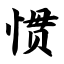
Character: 惯